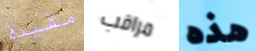
مقيدة مراقب هذه